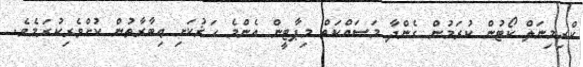
ކްރިމިނަލް ކޯޓުން ކުރަމުން ގެންދާ މަސައްކަތް މިޕާޓީން އެންމެ ހަޜުކަށި ޢިބާރާތުން ކުށްވެރިކުރަމެވެ.